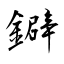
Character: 鐴